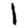
Digit: 1